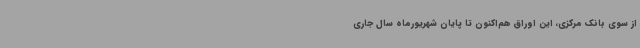
از سوی بانک مرکزی، این اوراق هم‌اکنون تا پایان شهریورماه سال جاری